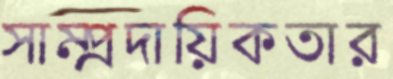
সাম্প্রদায়িকতার